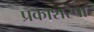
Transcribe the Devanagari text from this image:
प्रकाशरेषा